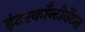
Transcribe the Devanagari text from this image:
इंटरकाँन्टीनेंटल